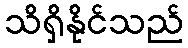
သိရှိနိုင်သည်